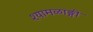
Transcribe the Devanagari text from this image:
श्यामळाङ्गी